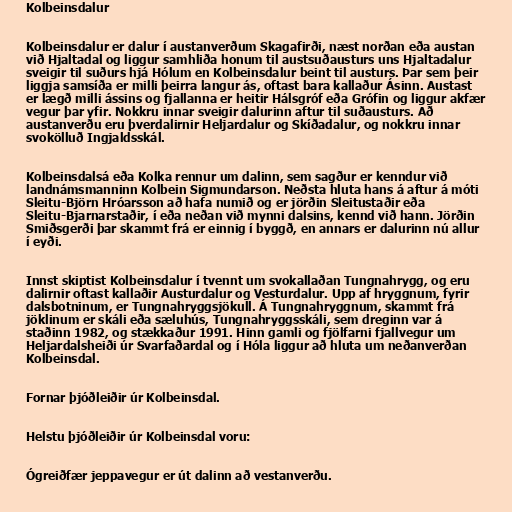
Kolbeinsdalur

Kolbeinsdalur er dalur í austanverðum Skagafirði, næst norðan eða austan
við Hjaltadal og liggur samhliða honum til austsuðausturs uns Hjaltadalur
sveigir til suðurs hjá Hólum en Kolbeinsdalur beint til austurs. Þar sem þeir
liggja samsíða er milli þeirra langur ás, oftast bara kallaður Ásinn. Austast
er lægð milli ássins og fjallanna er heitir Hálsgróf eða Grófin og liggur akfær
vegur þar yfir. Nokkru innar sveigir dalurinn aftur til suðausturs. Að
austanverðu eru þverdalirnir Heljardalur og Skíðadalur, og nokkru innar
svokölluð Ingjaldsskál.

Kolbeinsdalsá eða Kolka rennur um dalinn, sem sagður er kenndur við
landnámsmanninn Kolbein Sigmundarson. Neðsta hluta hans á aftur á móti
Sleitu-Björn Hróarsson að hafa numið og er jörðin Sleitustaðir eða
Sleitu-Bjarnarstaðir, í eða neðan við mynni dalsins, kennd við hann. Jörðin
Smiðsgerði þar skammt frá er einnig í byggð, en annars er dalurinn nú allur
í eyði.

Innst skiptist Kolbeinsdalur í tvennt um svokallaðan Tungnahrygg, og eru
dalirnir oftast kallaðir Austurdalur og Vesturdalur. Upp af hryggnum, fyrir
dalsbotninum, er Tungnahryggsjökull. Á Tungnahryggnum, skammt frá
jöklinum er skáli eða sæluhús, Tungnahryggsskáli, sem dreginn var á
staðinn 1982, og stækkaður 1991. Hinn gamli og fjölfarni fjallvegur um
Heljardalsheiði úr Svarfaðardal og í Hóla liggur að hluta um neðanverðan
Kolbeinsdal.

Fornar þjóðleiðir úr Kolbeinsdal.

Helstu þjóðleiðir úr Kolbeinsdal voru:

Ógreiðfær jeppavegur er út dalinn að vestanverðu.